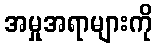
အမှုအရာများကို